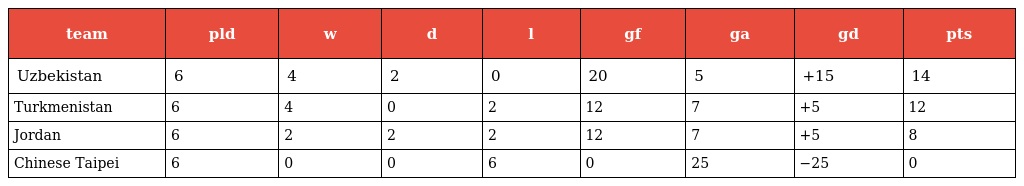
| team | pld | w | d | l | gf | ga | gd | pts |
 | --- | --- | --- | --- | --- | --- | --- | --- | --- |
 | Uzbekistan | 6 | 4 | 2 | 0 | 20 | 5 | +15 | 14 |
 | Turkmenistan | 6 | 4 | 0 | 2 | 12 | 7 | +5 | 12 |
 | Jordan | 6 | 2 | 2 | 2 | 12 | 7 | +5 | 8 |
 | Chinese Taipei | 6 | 0 | 0 | 6 | 0 | 25 | −25 | 0 |